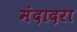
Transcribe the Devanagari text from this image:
मंदादरा